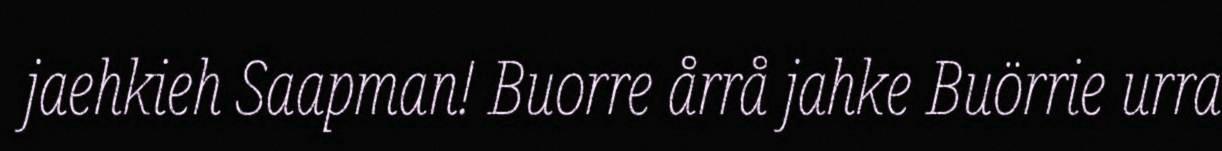
jaehkieh Saapman! Buorre årrå jahke Buörrie urra